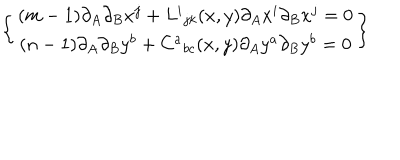
LaTeX: \left\{ \begin{array} { c } { { ( m - 1 ) \partial _ { A } \partial _ { B } x ^ { j } + L ^ { i } { } _ { j k } ( x , y ) \partial _ { A } x ^ { i } \partial _ { B } x ^ { j } = 0 } } \\ { { ( n - 1 ) \partial _ { A } \partial _ { B } y ^ { b } + C ^ { a } { } _ { b c } ( x , y ) \partial _ { A } y ^ { a } \partial _ { B } y ^ { b } = 0 } } \\ \end{array} \right\}